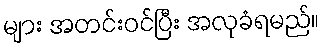
များ အတင်းဝင်ပြီး အလုခံရမည်။